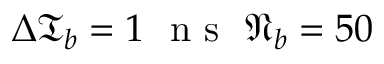
\Delta \mathfrak { T } _ { b } = 1 \ \mathrm { ~ n ~ s ~ } \ \mathfrak { N } _ { b } = 5 0